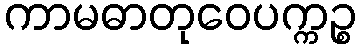
ကာမဓာတုဝေပက္ကဉ္စ